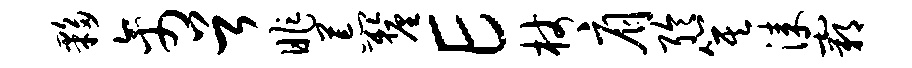
夥禽首昨荒厘E杖肩聆箕漆霸